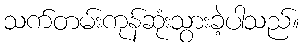
သက်တမ်းကုန်ဆုံးသွားခဲ့ပါသည်။